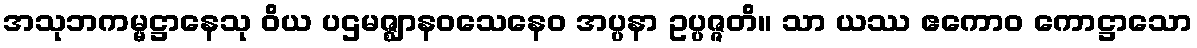
အသုဘကမ္မဋ္ဌာနေသု ဝိယ ပဌမဇ္ဈာနဝသေနေဝ အပ္ပနာ ဥပ္ပဇ္ဇတိ။ သာ ယဿ ဧကောဝ ကောဋ္ဌာသော